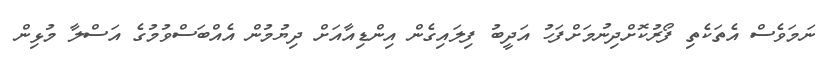
ނަމަވެސް އެތަކެތި ފޯރުކޮށްދިނުމަށްފަހު އަދީބު ފިލައިގެން އިންޑިއާއަށް ދިޔުމުން އެއްބަސްވުމުގެ އަސްލާ މުޅިން